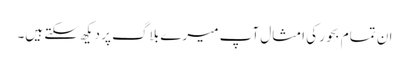
ان تمام بحور کی امثال آپ میرے بلاگ پر دیکھ سکتے ہیں۔